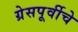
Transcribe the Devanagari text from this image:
ग्रेसपूर्वीचे